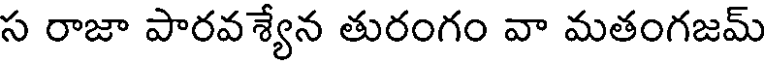
స రాజా పారవశ్యేన తురంగం వా మతంగజమ్